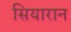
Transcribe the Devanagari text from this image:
सियारान